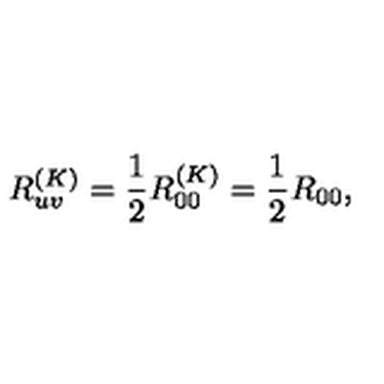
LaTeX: R _ { u v } ^ { ( K ) } = \frac { 1 } { 2 } R _ { 0 0 } ^ { ( K ) } = \frac { 1 } { 2 } R _ { 0 0 } ,